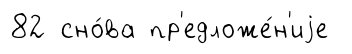
82 сно́ва пр'едложе́н'иjе